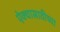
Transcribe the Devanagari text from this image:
ऐक्यासाठीच्या